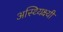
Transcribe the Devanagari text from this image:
अस्थ्यिक्ष्यी